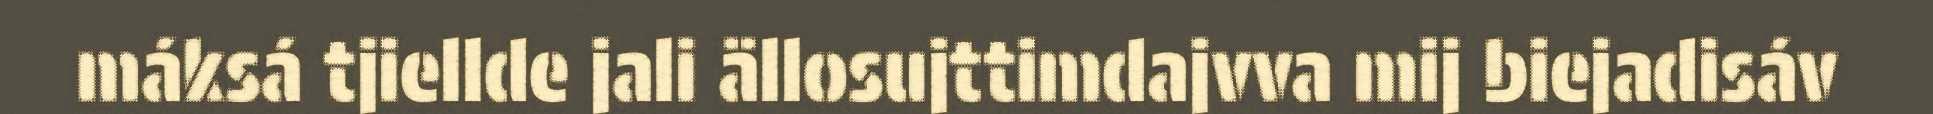
máksá tjiellde jali ällosujttimdajvva mij biejadisáv